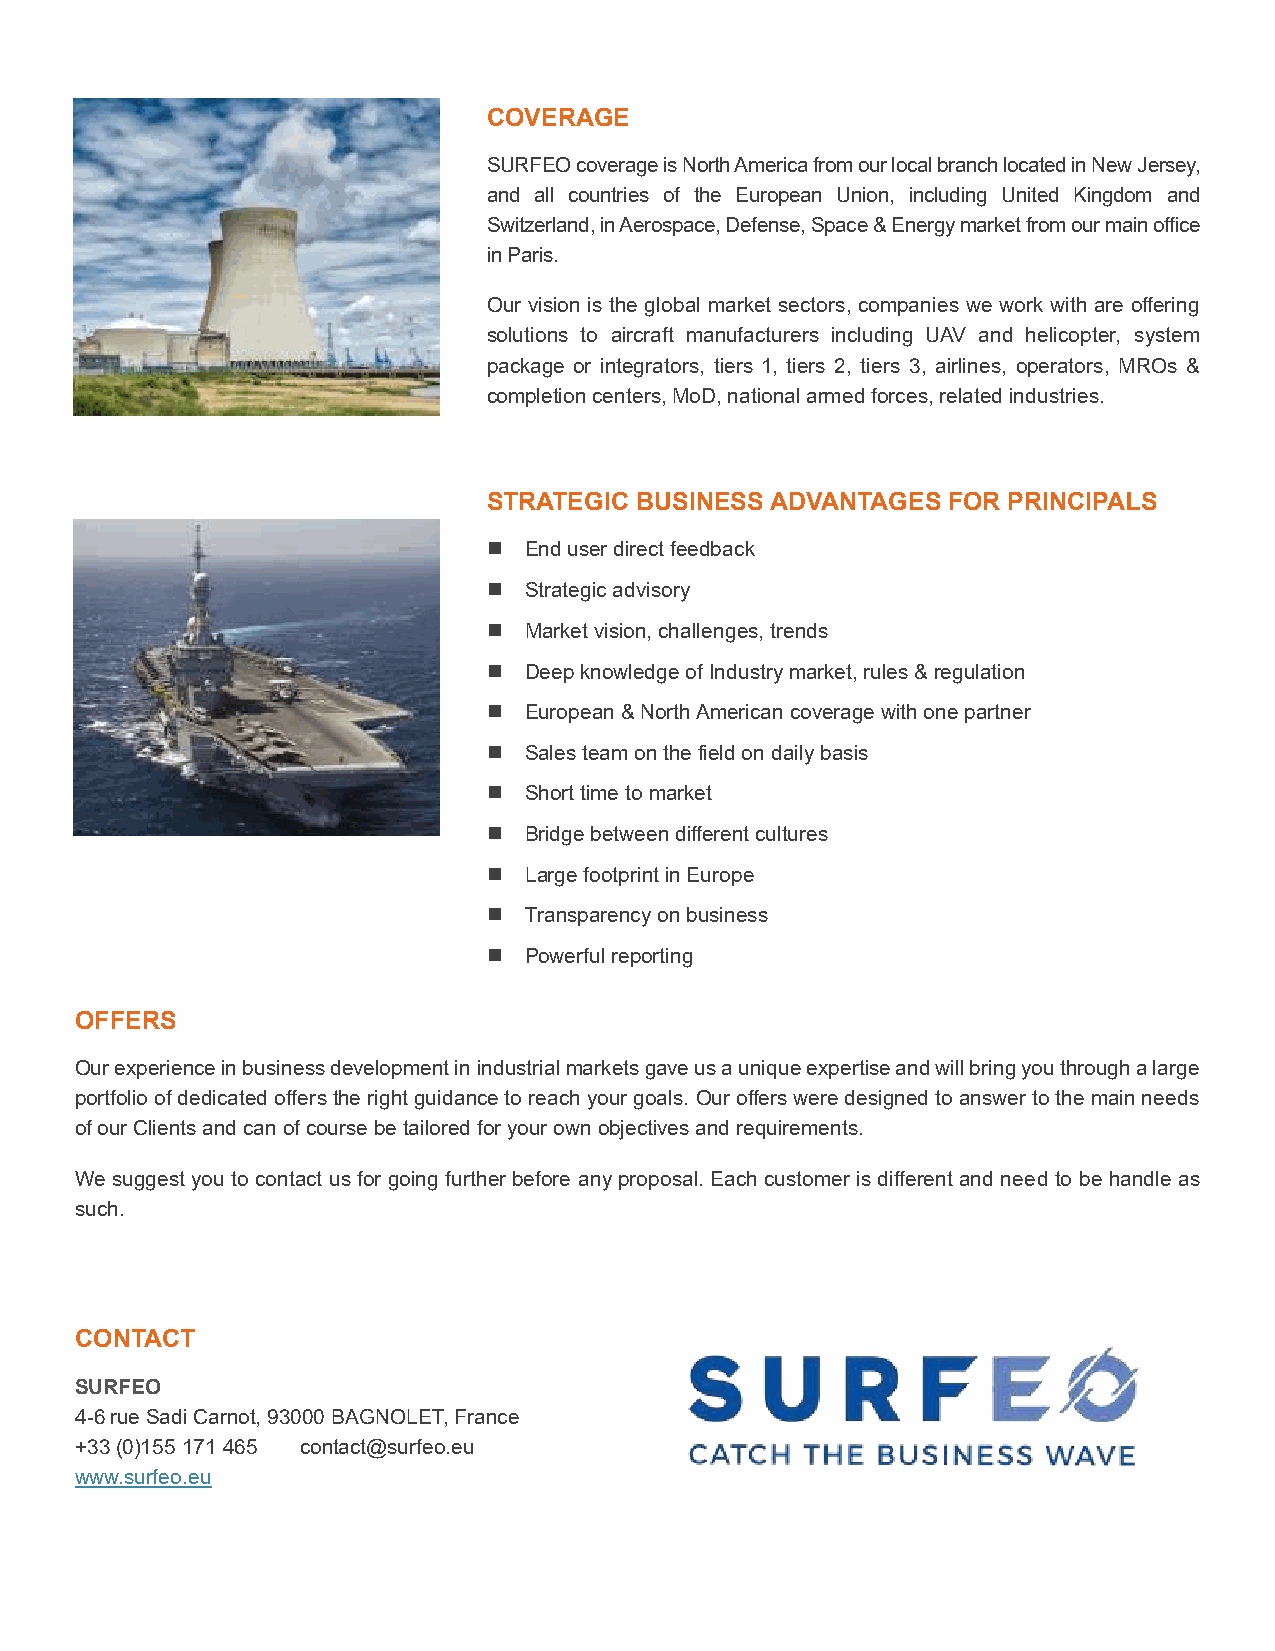
COVERAGE
 SURFEO coverage is North America from our local branch located in New Jersey,
 and all countries of the European Union, including United Kingdom and
 Switzerland, in Aerospace, Defense, Space & Energy market from our main office
 in Paris.
 Our vision is the global market sectors, companies we work with are offering
 solutions to aircraft manufacturers including UAV and helicopter, system
 package or integrators, tiers 1, tiers 2, tiers 3, airlines, operators, MROs &
 completion centers, MoD, national armed forces, related industries.
 STRATEGIC BUSINESS ADVANTAGES  FOR PRINCIPALS
 ◼  End user direct feedback
 ◼  Strategic advisory
 ◼  Market vision, challenges, trends
 ◼  Deep knowledge of Industry market, rules & regulation
 ◼  European & North American coverage with one partner
 ◼  Sales team on the field on daily basis
 ◼  Short time to market
 ◼  Bridge between different cultures
 ◼  Large footprint in Europe
 ◼  Transparency on business
 ◼  Powerful reporting
 OFFERS
 Our experience in business development in industrial markets gave us a unique expertise and will bring you through a large
 portfolio of dedicated offers the right guidance to reach your goals. Our offers were designed to answer to the main needs
 of our Clients and can of course be tailored for your own objectives and requirements.
 We suggest you to contact us for going further before any proposal. Each customer is different and need to be handle as
 such.
 CONTACT
 SURFEO
 4-6 rue Sadi Carnot, 93000 BAGNOLET, France
 +33 (0)155 171 465 contact@surfeo.eu
 www.surfeo.eu